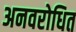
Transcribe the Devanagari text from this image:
अनवरोधित